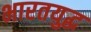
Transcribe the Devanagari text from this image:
भारतयुद्ध